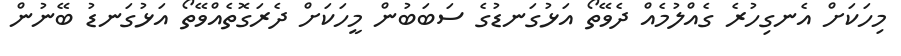
މިހަކަށް އެނގިހުރެ ގެއްލުމެއް ދެވޭތޯ އަޅުގަނޑުގެ ސަބަބުން މީހަކަށް ދެރަގޮތެއްވޭތޯ އަޅުގަނޑު ބޭނުން